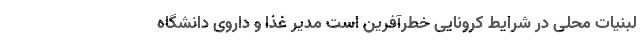
لبنیات محلی در شرایط کرونایی خطرآفرین است مدیر غذا و داروی دانشگاه